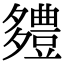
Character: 𮙗